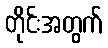
တိုင်းအတွက်